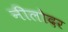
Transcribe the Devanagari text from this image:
नीलोदर